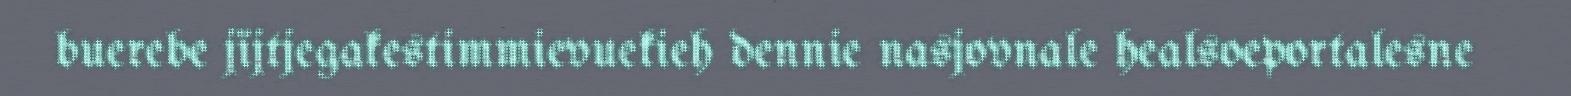
buerebe jïjtjegakestimmievuekieh dennie nasjovnale healsoeportalesne